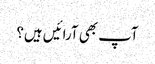
آپ بھی آرائیں ہیں؟